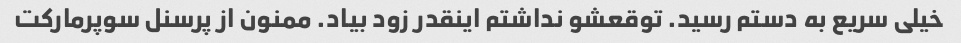
خیلی سریع به دستم رسید. توقعشو نداشتم اینقدر زود بیاد. ممنون از پرسنل سوپرمارکت